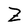
Character: Z